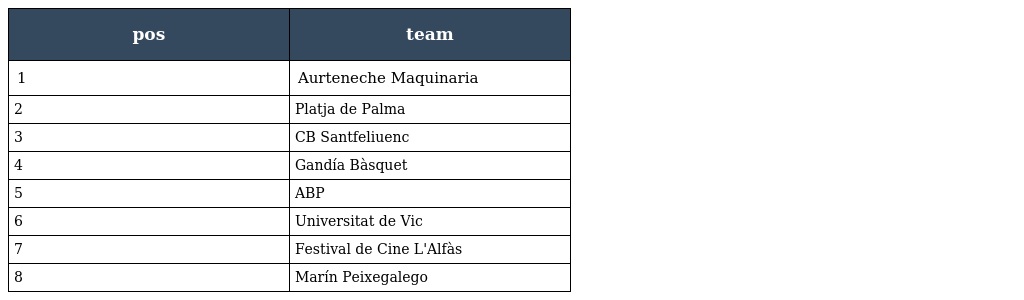
| pos | team |
 | --- | --- |
 | 1 | Aurteneche Maquinaria |
 | 2 | Platja de Palma |
 | 3 | CB Santfeliuenc |
 | 4 | Gandía Bàsquet |
 | 5 | ABP |
 | 6 | Universitat de Vic |
 | 7 | Festival de Cine L'Alfàs |
 | 8 | Marín Peixegalego |